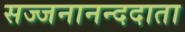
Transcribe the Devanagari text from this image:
सज्जनानन्ददाता